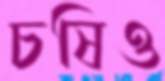
চষিও